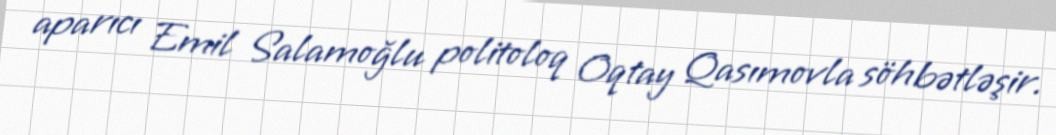
aparıcı Emil Salamoğlu politoloq Oqtay Qasımovla söhbətləşir.